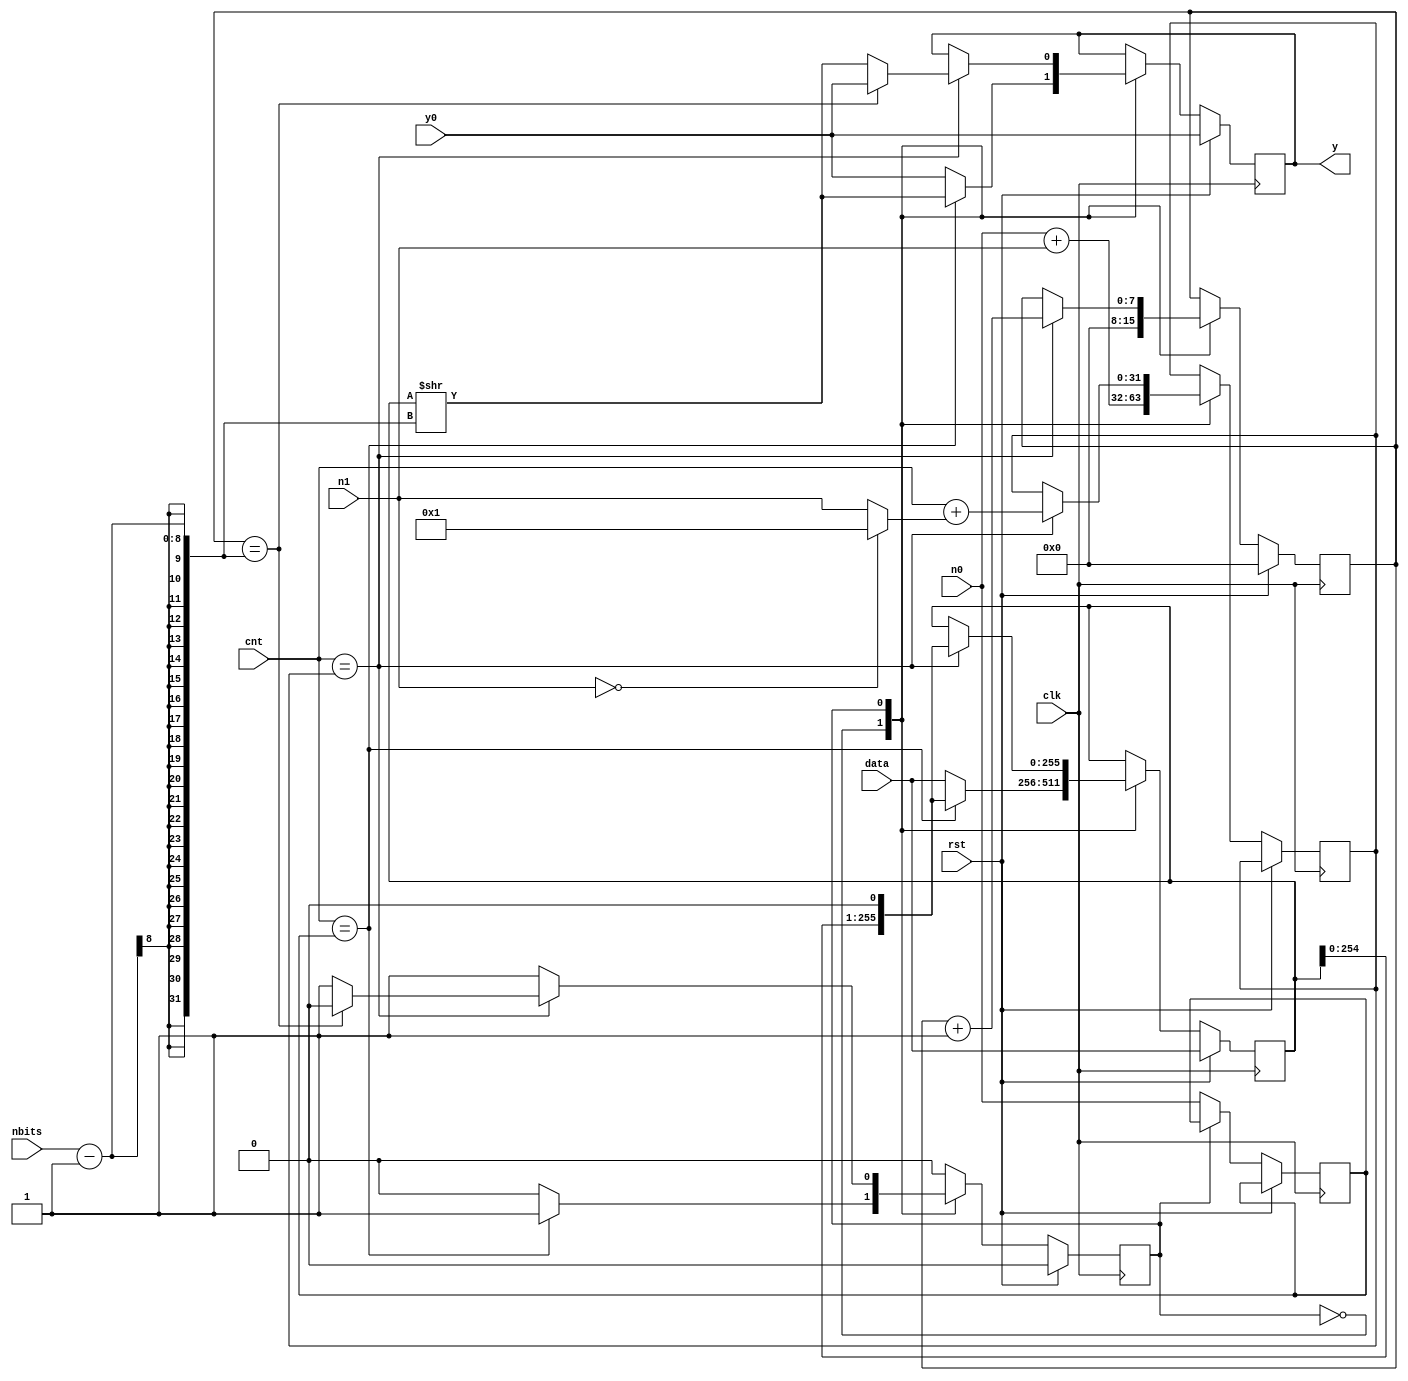
//////////////////////////////////////////////////////////////////////////////////
// Tyler Anderson Thu Mar 21 13:16:33 EDT 2019
//
// serial_tx.v
//
// Transmit a data word serially, MSB first.
// Transmission happens in 3 phases:
// S0: Hold y0 for n0 cycles
// S1: Output msb of data for n1 cycles
//////////////////////////////////////////////////////////////////////////////////

module serial_tx #(parameter P_Y_INIT=0, parameter P_DATA_WIDTH=256) 
  (
   input 		    clk, // clock
   input 		    rst, // active high resset
   input 		    y0, // idle output level 
   input [P_DATA_WIDTH-1:0] data, // data to be shifted out, msb first
   input [7:0] 		    nbits, // number of data bits, minimum valid value is 1
   input [31:0] 	    n0, // number of cnt cycles in getting started, minimum valid value is 1
   input [31:0] 	    n1, // number of cnt cycles in the first half cycle, minimum valid value is 1
   input [31:0] 	    cnt, // everything marches to this
   output reg 		    y=P_Y_INIT // this is output, most significant bit (msb) goes first       
   );

   ///////////////////////////////////////////////////////////////////////////////
  // Internals
   wire [31:0] 		    i_n0 = n0==0 ? 1 : n0; 
   wire [31:0] 		    i_n1 = n1==0 ? 1 : n1; 
   reg [31:0] 		    i_cnt_0 = 1; // cnt value for transition S0 to S1 
   reg [31:0] 		    i_cnt_1 = 1; // cnt value for transition S1 to S2
   reg [P_DATA_WIDTH-1:0]   sr = 0; 
   reg [7:0] 		    sr_cnt = 0; 
   
   ///////////////////////////////////////////////////////////////////////////////
   // FSM definitions
   reg [0:0] fsm;
   localparam
     S0 = 0, 
     S1 = 1; 
        
`ifdef MODEL_TECH // This works well for modelsim
   reg [127:0] state_str;
   always @(*)
     case(fsm)
       S0: state_str = "S0";
       S1: state_str = "S1";
     endcase // case (fsm)
`endif
   
   ///////////////////////////////////////////////////////////////////////////////
   // FSM Flow
   always @(posedge clk)
     if(rst)
       begin
	  y <= y0;
	  fsm <= S0;
	  sr <= data;
	  sr_cnt <= 0; 
       end
     else
       case(fsm)

	 S0:
	   begin
	      sr <= data;
	      sr_cnt <= 0; 
	      y <= y0;
	      i_cnt_0 <= n0;
	      i_cnt_1 <= n0+n1;
	      if(cnt == i_cnt_0)
		begin
		   y <= (sr >> nbits-1) & 1;
		   sr <= {sr[P_DATA_WIDTH-2:0],1'b0};
		   fsm <= S1;
		end
	   end
	 
	 S1:
	   begin
	      if(cnt==i_cnt_1)
		begin
		   i_cnt_1 <= cnt + i_n1;
		   sr_cnt <= sr_cnt + 1; 
		   y <= (sr >> nbits-1) & 1;
		   sr <= {sr[P_DATA_WIDTH-2:0],1'b0};
		   if(sr_cnt == nbits-1)
		     begin
			fsm <= S0;
			y <= y0;
		     end
		end
	   end
	 	 
	 default:
	   begin
	      fsm <= S0;
	   end
    endcase // case (fsm)
   
   
endmodule